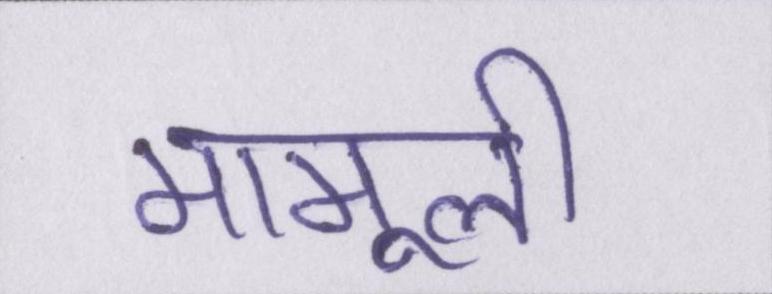
मामूली